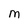
Character: M